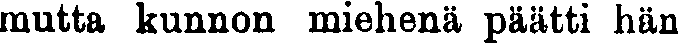
mutta kunnon miehenä päätti hän